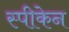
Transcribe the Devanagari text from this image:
स्पीकेन